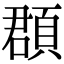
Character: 頵